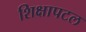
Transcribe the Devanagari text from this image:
शिक्षापटल